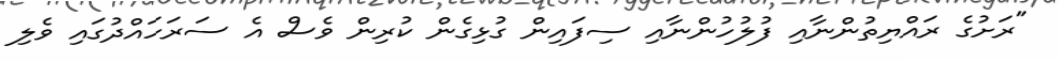
"ރަށުގެ ރައްޔިތުންނާއި ފުލުހުންނާއި ސިފައިން ގުޅިގެން ކުރިން ވެސް އެ ސަރަހައްދުގައި ވެލި